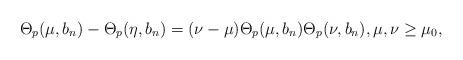
LaTeX: \begin{align*}\Theta_p(\mu,b_n) - \Theta_p(\eta,b_n) = (\nu - \mu) \Theta_p(\mu,b_n)\Theta_p(\nu,b_n), \mu,\nu \geq \mu_0,\end{align*}